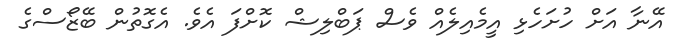
އޭނާ އަށް ހުށަހެޅި އީމެއިލެއް ވެސް ޕަބްލިޝް ކޮށްފަ އެވެ. އެގޮތުން ބޭޒޯސްގެ